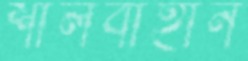
শালবাহান